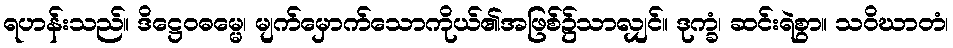
ရဟန်းသည်။ ဒိဋ္ဌေဝဓမ္မေ၊ မျက်မှောက်သောကိုယ်၏အဖြစ်၌သာလျှင်။ ဒုက္ခံ၊ ဆင်းရဲစွာ။ သဝိဃာတံ၊